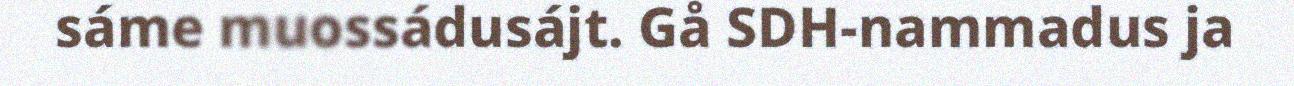
sáme muossádusájt. Gå SDH-nammadus ja